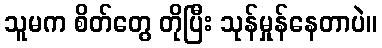
သူမက စိတ်တွေ တိုပြီး သုန်မှုန်နေတာပဲ။